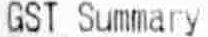
GST SUMMARY